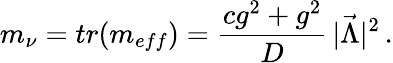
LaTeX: m_{\nu}=tr(m_{eff})={\frac{cg^{2}+g^{2}}{D}}\, \vert\vec{\Lambda}\vert^{2}\, .